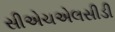
સીએચએલસીડી